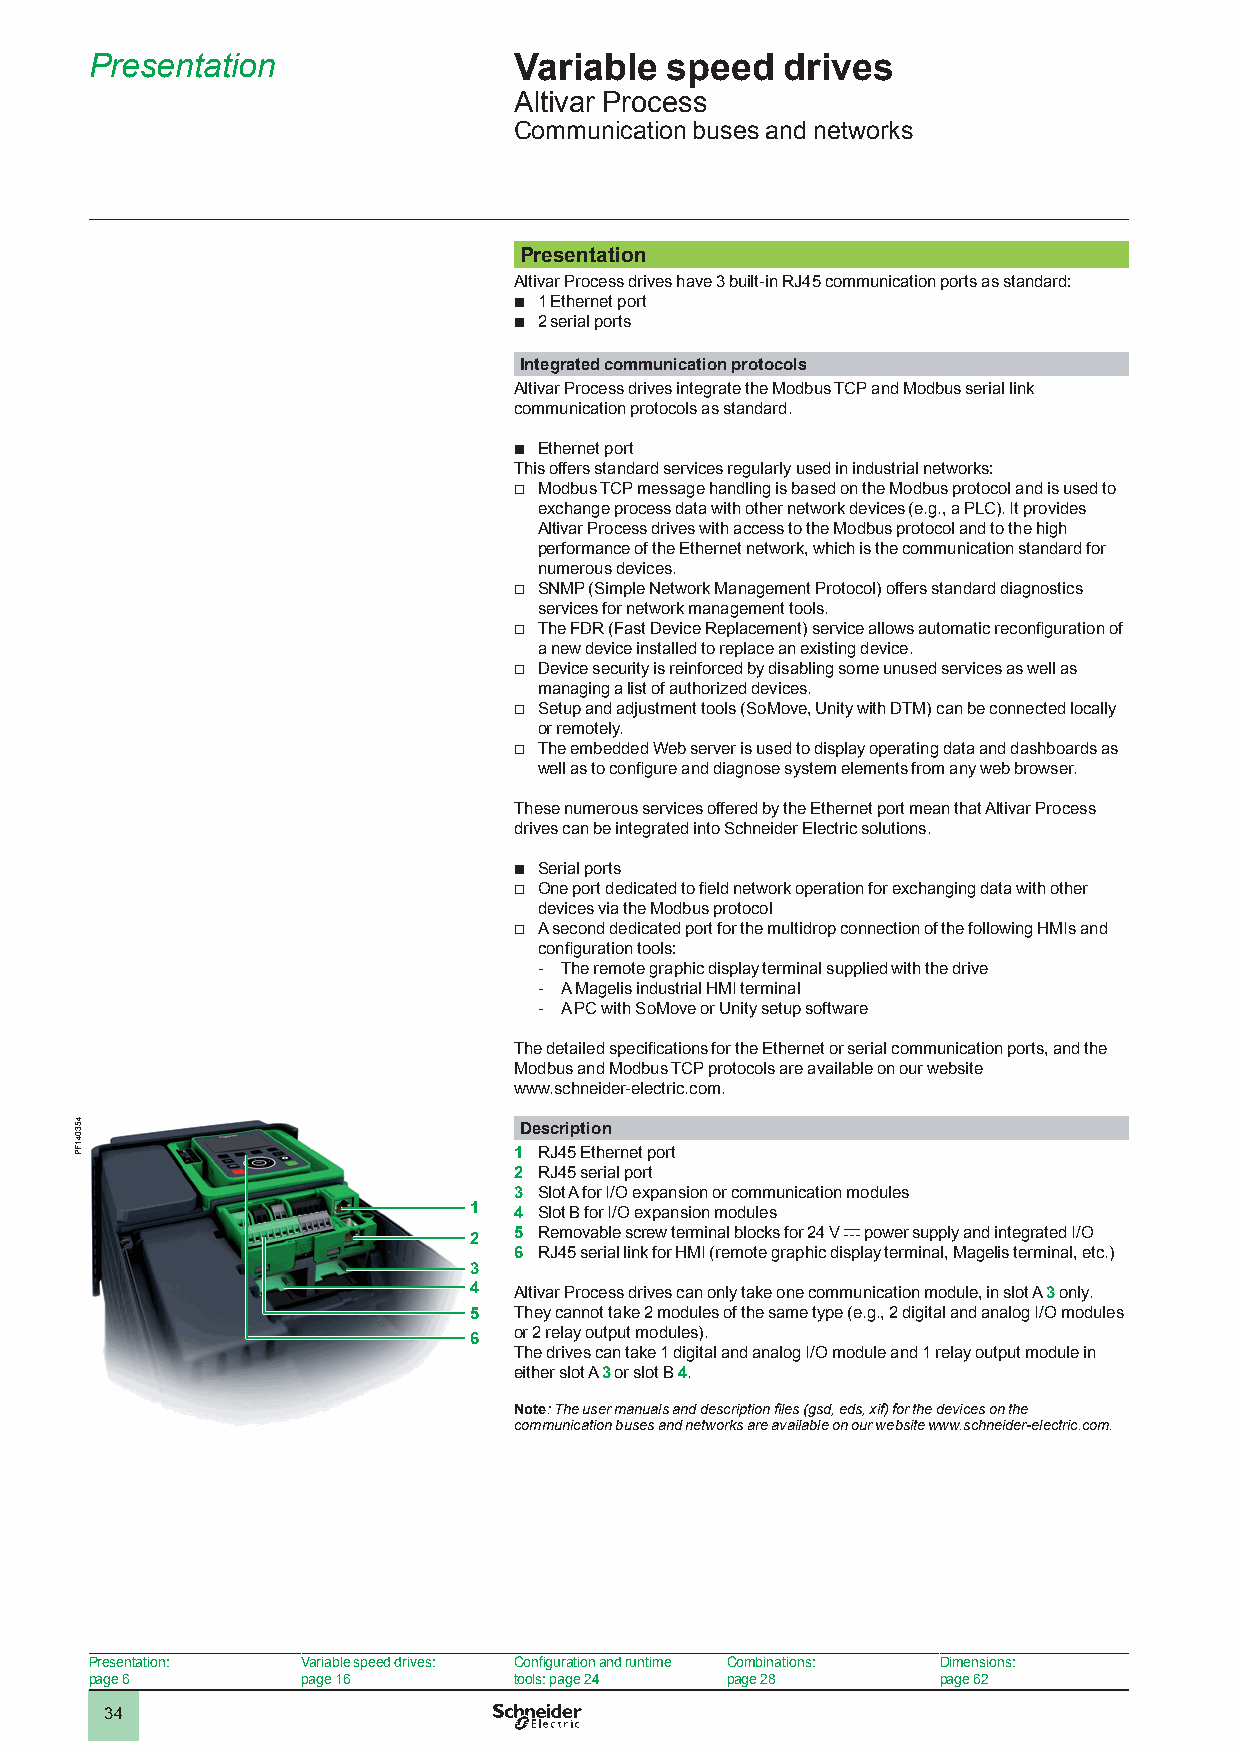
Presentation                Variable  speed   drives
 Altivar Process
 Communication buses and networks
 Presentation
 Altivar Process drives have 3 built-in RJ45 communication ports as standard:
 b 1 Ethernet port
 b 2 serial ports
 Integrated communication protocols
 Altivar Process drives integrate the Modbus TCP and Modbus serial link
 communication protocols as standard.
 b Ethernet port
 This offers standard services regularly used in industrial networks:
 v Modbus TCP message handling is based on the Modbus protocol and is used to
 exchange process data with other network devices (e.g., a PLC). It provides
 Altivar Process drives with access to the Modbus protocol and to the high
 performance of the Ethernet network, which is the communication standard for
 numerous devices.
 v SNMP (Simple Network Management Protocol) offers standard diagnostics
 services for network management tools.
 v The FDR (Fast Device Replacement) service allows automatic reconfiguration of
 a new device installed to replace an existing device.
 v Device security is reinforced by disabling some unused services as well as
 managing a list of authorized devices.
 v Setup and adjustment tools (SoMove, Unity with DTM) can be connected locally
 or remotely.
 v The embedded Web server is used to display operating data and dashboards as
 well as to configure and diagnose system elements from any web browser.
 These numerous services offered by the Ethernet port mean that Altivar Process
 drives can be integrated into Schneider Electric solutions.
 b Serial ports
 v One port dedicated to field network operation for exchanging data with other
 devices via the Modbus protocol
 v A second dedicated port for the multidrop connection of the following HMIs and
 configuration tools:
 - The remote graphic display terminal supplied with the drive
 - A Magelis industrial HMI terminal
 - A PC with SoMove or Unity setup software
 The detailed specifications for the Ethernet or serial communication ports, and the
 Modbus and Modbus TCP protocols are available on our website
 www.schneider-electric.com.
 Description
 1 RJ45 Ethernet port
 2 RJ45 serial port
 3 Slot A for I/O expansion or communication modules
 1  4 Slot B for I/O expansion modules
 2  5 Removable screw terminal blocks for 24 V c power supply and integrated I/O
 6 RJ45 serial link for HMI (remote graphic display terminal, Magelis terminal, etc.)
 3
 4  Altivar Process drives can only take one communication module, in slot A 3 only.
 5  They cannot take 2 modules of the same type (e.g., 2 digital and analog I/O modules
 or 2 relay output modules).
 6
 The drives can take 1 digital and analog I/O module and 1 relay output module in
 either slot A 3 or slot B 4.
 Note: The user manuals and description files (gsd, eds, xif) for the devices on the
 communication buses and networks are available on our website www.schneider-electric.com.
 Presentation: Variable speed drives: Configuration and runtime Combinations: Dimensions:
 page 6        page 16       tools: page 24 page 28      page 62
 34
 453041FP